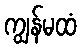
ကျွန်မထံ